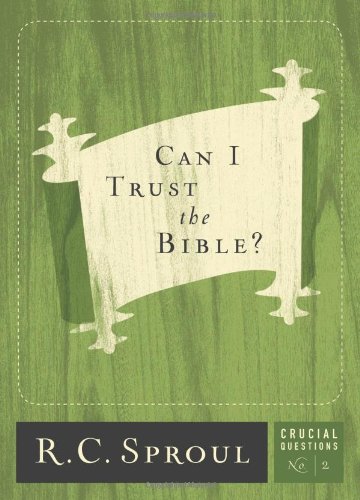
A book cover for Can I Trust the Bible? (Crucial Questions (Reformation Trust)); R.C. Sproul; Christian Books & Bibles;